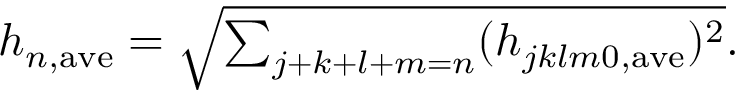
\begin{array} { r } { h _ { { n , \mathrm { a v e } } } = \sqrt { \sum _ { j + k + l + m = n } ( h _ { j k l m 0 , \mathrm { a v e } } ) ^ { 2 } } . } \end{array}